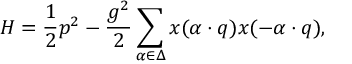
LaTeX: { \cal H } = { \frac { 1 } { 2 } } p ^ { 2 } - { \frac { g ^ { 2 } } { 2 } } \sum _ { \alpha \in \Delta } x ( \alpha \cdot q ) x ( - \alpha \cdot q ) ,